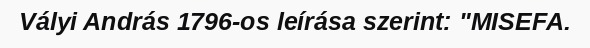
Vályi András 1796-os leírása szerint: "MISEFA.